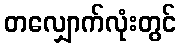
တလျှောက်လုံးတွင်